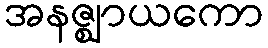
အနဇ္ဈာယကော